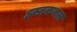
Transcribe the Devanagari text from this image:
इस्तकबाल